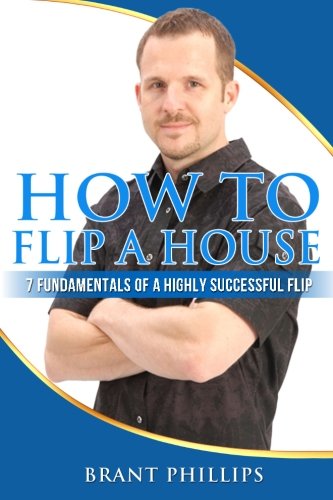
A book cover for How To Flip A House: 7 Fundamentals Of A Highly Successful Flip; Brant Phillips; Business & Money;